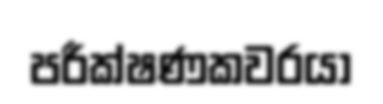
පරීක්ෂණකවරයා